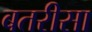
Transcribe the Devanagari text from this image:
बतरीसा